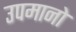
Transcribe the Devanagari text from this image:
उपमानो